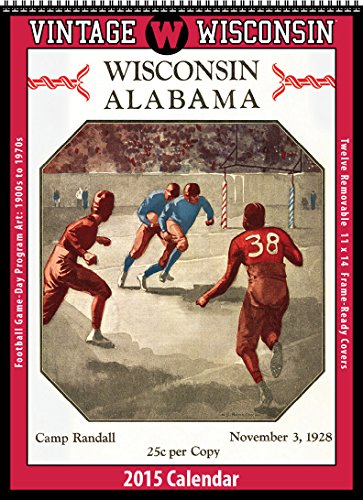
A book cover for Wisconsin Badgers 2015 Vintage Football Calendar; Asgard Press; Calendars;